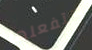
ستفعلها